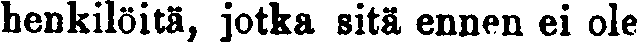
henkilöitä, jotka sitä ennen ei ole